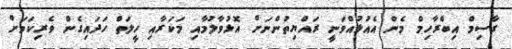
ގާސިމް އިބްރާހިމް މެން އެއުޅުއްވަނީ ރައްޔިތުންނަށް އޮޅުވާލުމާއި މަކަރާއި ހީލަތް ހަދައިގެން ވެރިކަމަށް